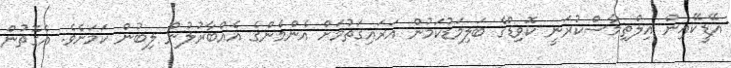
އޭޑީކޭއިން އިލްތިމާސްކުރަނީ ކޮވިޑްގެ ބަލިމަޑުކަމުން އަރައިގަތުމަށް އެންމެންގެ އެއްބާރުލުން ލިބުން ކަމަށެވެ. އެގޮތުން